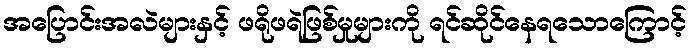
အပြောင်းအလဲများနှင့် ဖရိုဖရဲဖြစ်မှုများကို ရင်ဆိုင်နေရသောကြောင့်